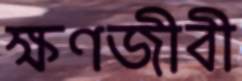
ক্ষণজীবী